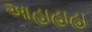
આહાહાહા